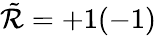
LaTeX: \tilde{\cal R}=+1(-1)